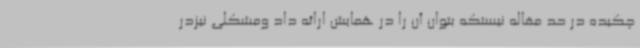
چکیده در حد مقاله نیستکه بتوان آن را در همایش ارائه داد ومشکلی نیزدر